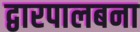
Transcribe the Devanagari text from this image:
द्वारपालबना